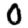
Digit: 0